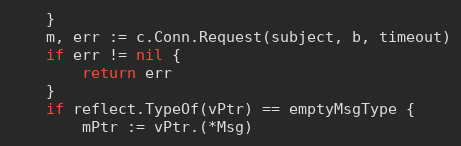
Language: Go
	}
	m, err := c.Conn.Request(subject, b, timeout)
	if err != nil {
		return err
	}
	if reflect.TypeOf(vPtr) == emptyMsgType {
		mPtr := vPtr.(*Msg)